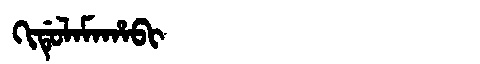
Manchu: ᡴᡳᡩᡠᠯᠠᠮᠠᡥᠠᠪᡳ
Romanization: KIDULAMAHABI